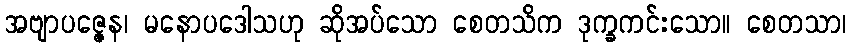
အဗျာပဇ္ဇေန၊ မနောပဒေါသဟု ဆိုအပ်သော စေတသိက ဒုက္ခကင်းသော။ စေတသာ၊